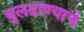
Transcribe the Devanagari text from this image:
बुलढाण्याचे